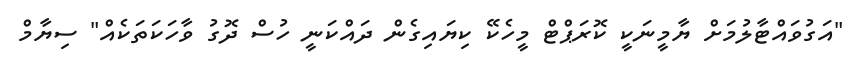
"އަގުވައްޓާލުމަށް ޔާމީނަކީ ކޮރަޕްޓް މީހެކޭ ކިޔައިގެން ދައްކަނީ ހުސް ދޮގު ވާހަކަތަކެއް" ސިޔާމް